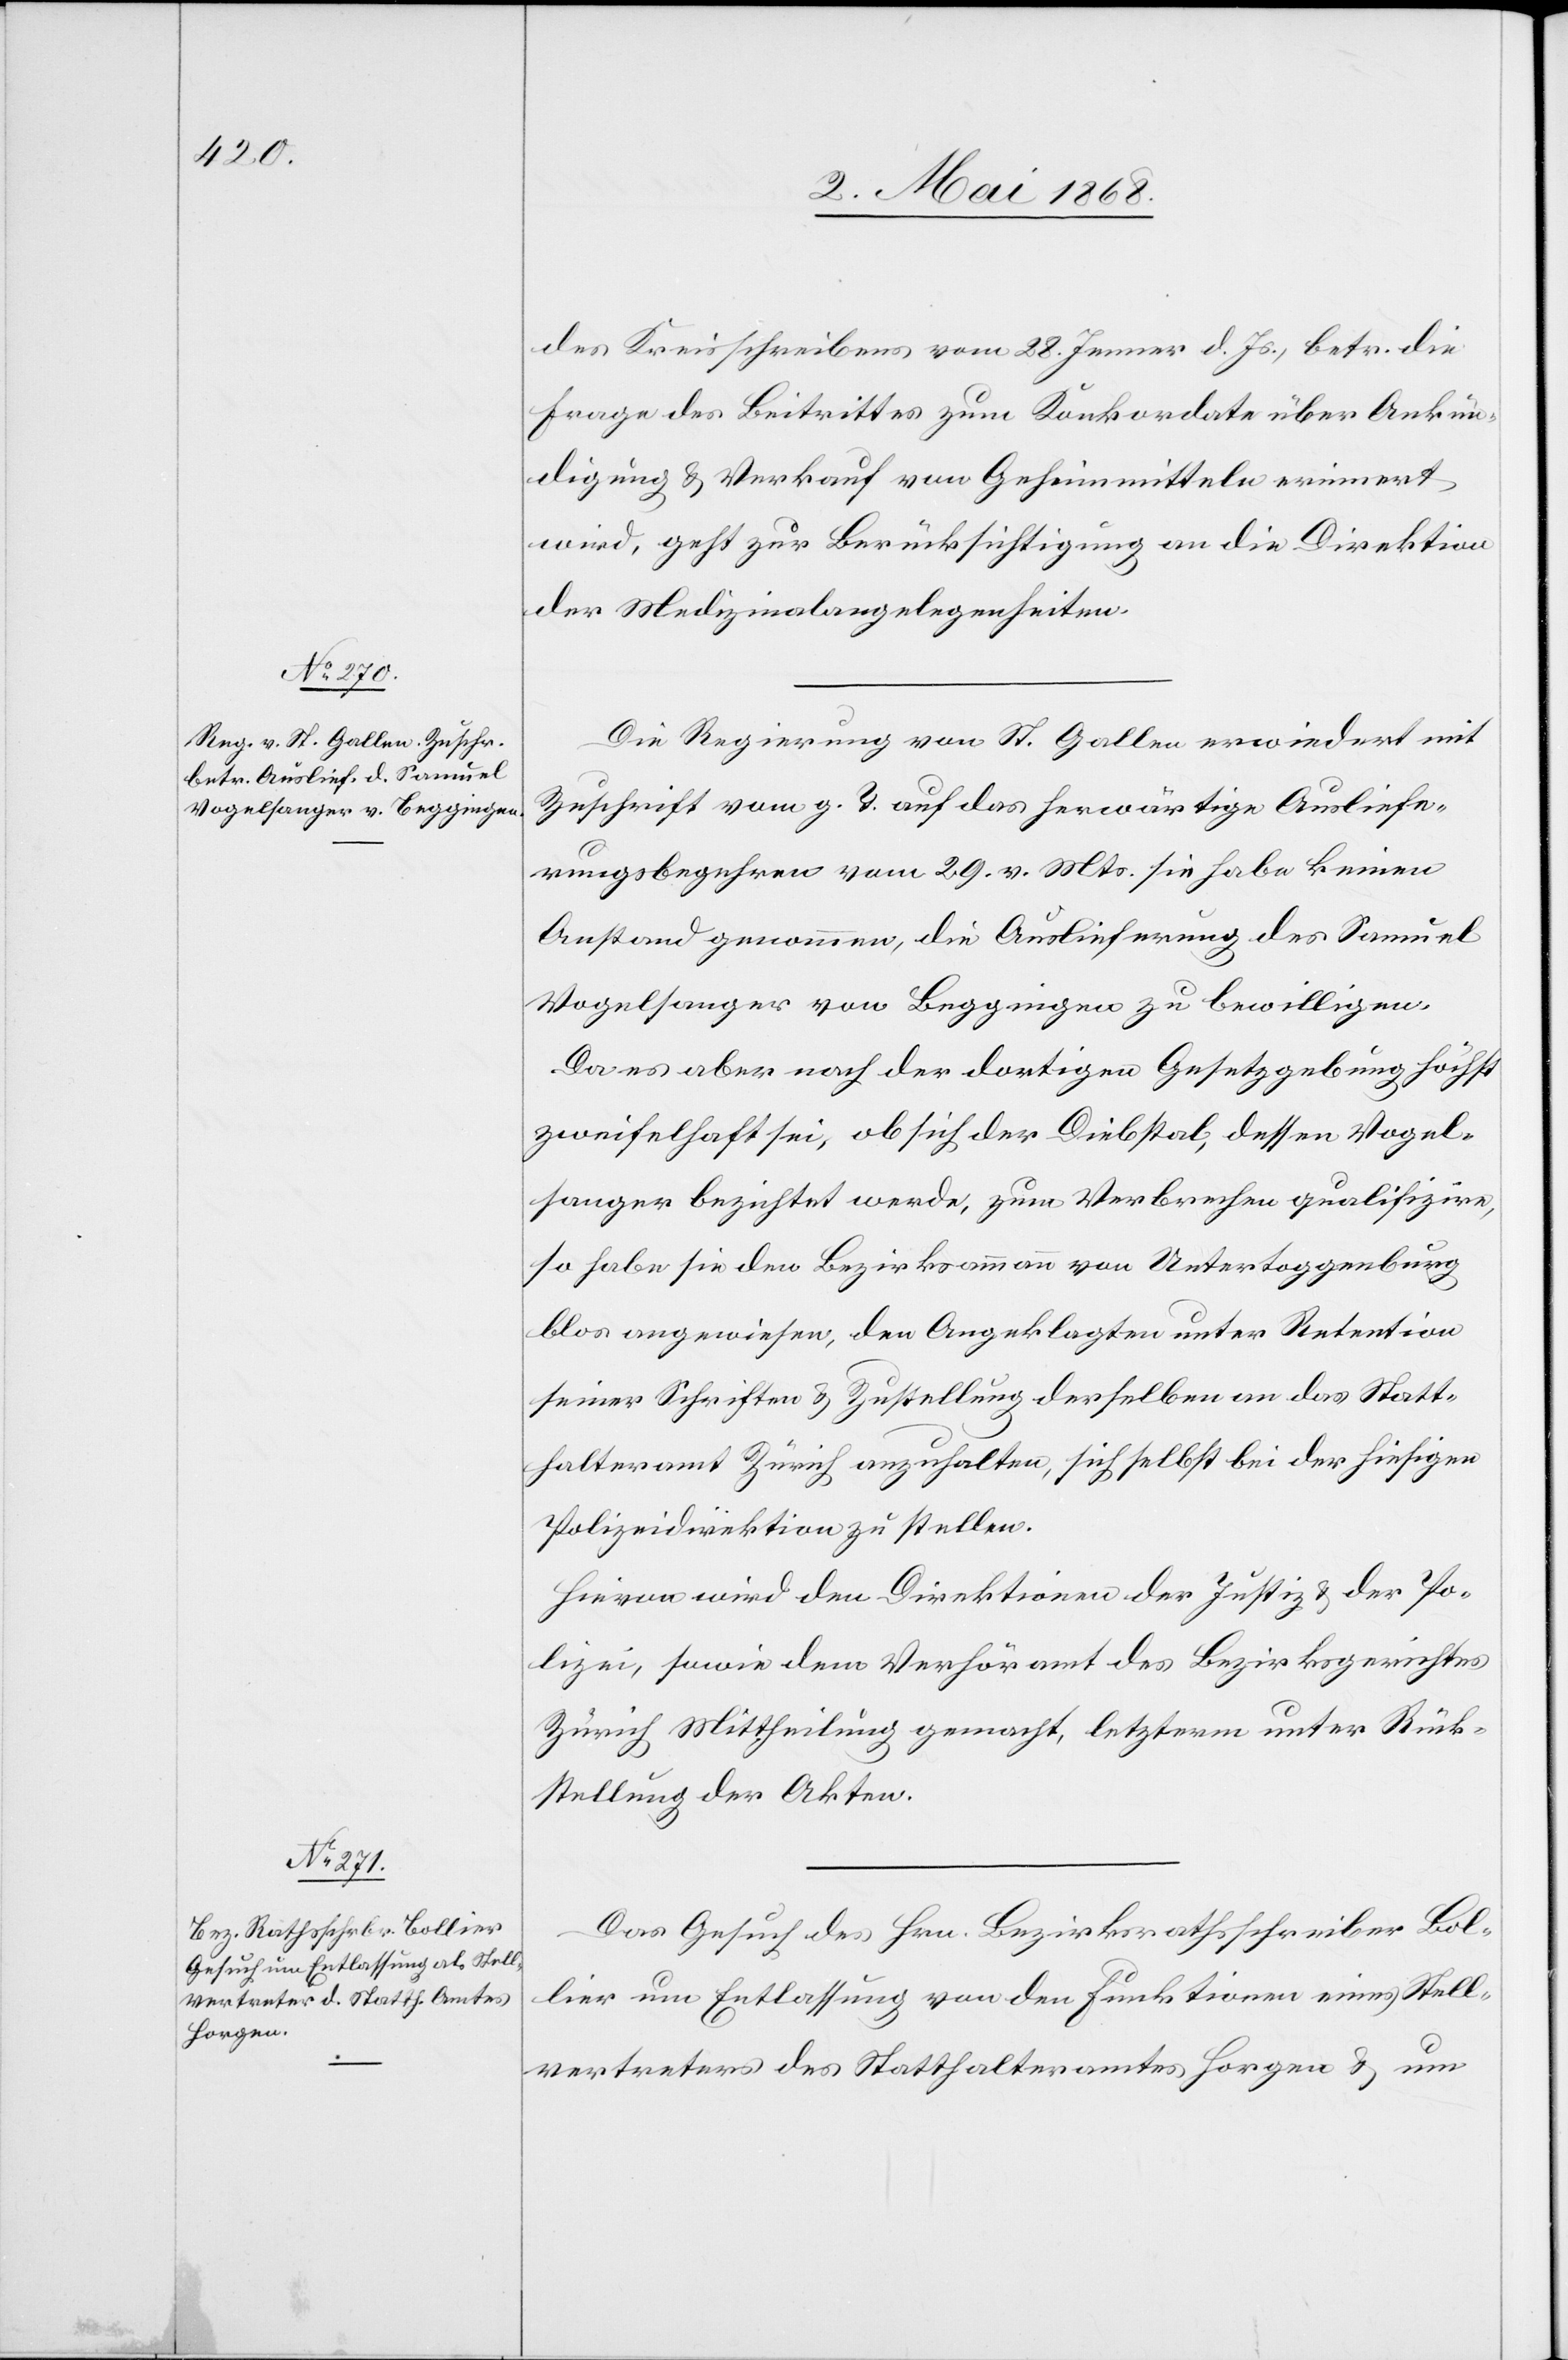
7. Mai 1868.]
des Kreisschreibens vom 28. Jenner d. Js., betr. die
Frage des Beitrittes zum Konkordate über Ankün¬
digung & Verkauf von Geheimmitteln erinnert
wird, geht zur Berücksichtigung an die Direktion
der Medizinalangelegenheiten.
Die Regierung von St. Gallen erwiedert mit
Zuschrift vom g. T. auf das herwärtige Ausliefe¬
rungsbegehren vom 29. v. Mts. sie habe keinen
Anstand genommen, die Auslieferung des Samuel
Vogelsanger von Beggingen zu bewilligen.
Da es aber nach der dortigen Gesetzgebung höchst
zweifelhaft sei, ob sich der Diebstal, dessen Vogel¬
sanger bezichtet werde, zum Verbrechen qualifizire,
so habe sie den Bezirksammann von Untertoggenburg
blos angewiesen, den Angeklagten unter Retention
seiner Schriften & Zustellung derselben an das Statt¬
halteramt Zürich anzuhalten, sich selbst bei der hiesigen
Polizeidirektion zu stellen.
Hievon wird den Direktionen der Justiz & der Po¬
lizei, sowie dem Verhöramt des Bezirksgerichtes
Zürich Mittheilung gemacht, letzterm unter Rück¬
stellung der Akten.
Das Gesuch des Hrn. Bezirksrathsschreiber Bol¬
lier um Entlassung von den Funktionen eines Stell¬
vertreters des Statthalteramtes Horgen & um